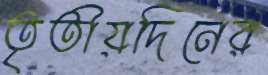
তৃতীয়দিনের